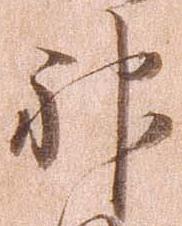
神